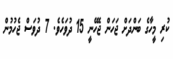
ކުރި މީހާގެ ބަންދަށް ޖަހަން ޖެހޭނީ 15 ދުވަހެވެ. 7 ދުވަސް ޖެހުމުން